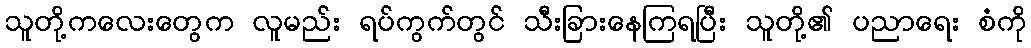
သူတို့ကလေးတွေက လူမည်း ရပ်ကွက်တွင် သီးခြားနေကြရပြီး သူတို့၏ ပညာရေး စံကို